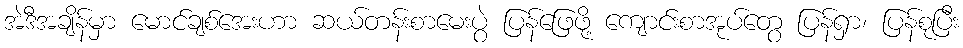
အဲဒီအချိန်မှာ မောင်ချစ်အေးဟာ ဆယ်တန်းစာမေးပွဲ ပြန်ဖြေဖို့ ကျောင်းစာအုပ်တွေ ပြန်ရှာ၊ ပြန်စုပြီး